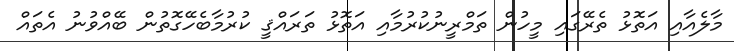
މާލެއާއި އަތޮޅު ތެރޭގައި މީހުން ތަމްރީނުކުރުމާއި އަތޮޅު ތަރައްޤީ ކުރުމާބެހޭގޮތުން ބޭއްވުނު އެތައް